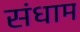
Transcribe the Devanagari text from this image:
संधाम